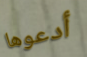
أدعوها